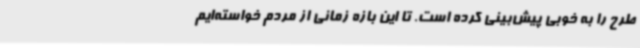
طرح را به خوبی پیش‌بینی کرده است. تا این بازه زمانی از مردم خواسته‌ایم